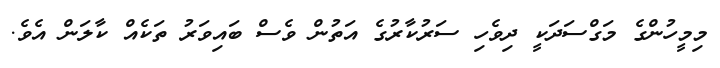
މިމީހުންގެ މަގްސަދަކީ ދިވެހި ސަރުކާރުގެ އަތުން ވެސް ބައިވަރު ތަކެއް ކާލަން އެވެ.